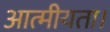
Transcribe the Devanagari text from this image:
आत्मीयता।